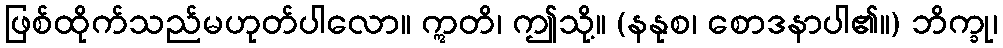
ဖြစ်ထိုက်သည်မဟုတ်ပါလော။ ဣတိ၊ ဤသို့။ (နနုစ၊ စောဒနာပါ၏။) ဘိက္ခု၊